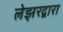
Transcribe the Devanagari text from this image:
लेझरद्वारा